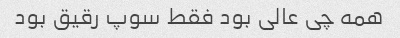
همه چی عالی بود فقط سوپ رقیق بود